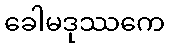
ခေါမဒုဿကေ